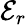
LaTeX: {\mathcal E}_{r}